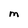
Character: M